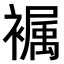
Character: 𧜭